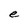
Character: e